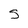
Character: S